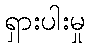
ရှားပါးမှု